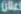
اعلان